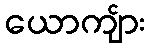
ယောကျ်ား